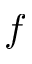
f